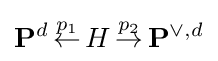
\mathbf {P} ^{d}\,{\stackrel {p_{1}}{\gets }}\,H\,{\stackrel {p_{2}}{\to }}\,\mathbf {P} ^{\vee ,d}